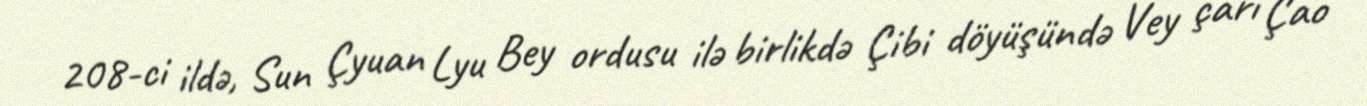
208-ci ildə, Sun Çyuan Lyu Bey ordusu ilə birlikdə Çibi döyüşündə Vey çarı Çao